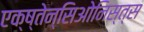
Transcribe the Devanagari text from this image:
एक्ष्तेन्सिओनिस्त्स